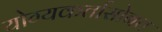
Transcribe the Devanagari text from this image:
योग्यकर्तासोबत